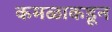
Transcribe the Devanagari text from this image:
कमळाकडून